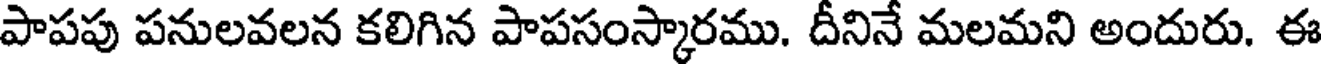
పాపపు పనులవలన కలిగిన పాపసంస్కారము. దీనినే మలమని అందురు. ఈ